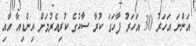
އަންނަ އަހަރު 30 އަހަރު ފާހަގަ ކުރާ ސާކުގެ ކުރިއެރުމަށް އިންޑިއާ އާއި